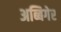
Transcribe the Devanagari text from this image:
अब्बिगेर